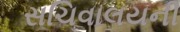
સચિવાલયની